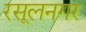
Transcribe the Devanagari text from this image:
रसूलनगर